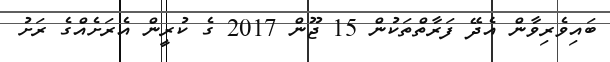
ބައިވެރިވާން އެދޭ ފަރާތްތަކުން 15 ޖޫން 2017 ގެ ކުރީން އެރަށެއްގެ ރަށު